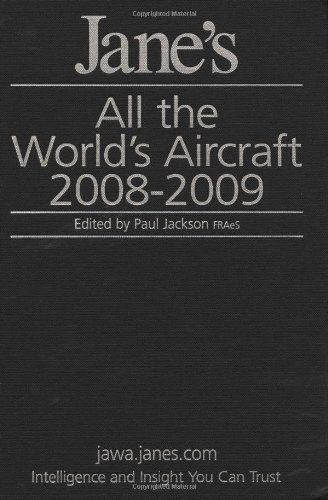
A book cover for Jane's All the World's Aircraft (IHS Jane's All the World's Aircraft); Engineering & Transportation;